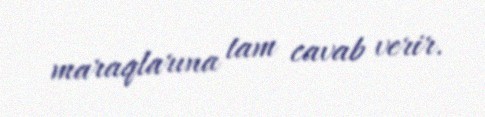
maraqlarına tam cavab verir.